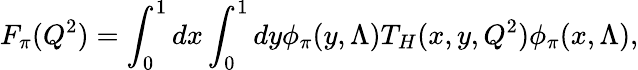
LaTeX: F_{\pi}(Q^{2})=\int_{0}^{1}dx\int_{0}^{1}dy\phi_{\pi}(y,\Lambda)T_{H}(x,y,Q^{2})\phi_{\pi}(x,\Lambda),